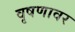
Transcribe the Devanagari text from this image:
वृषणावर